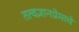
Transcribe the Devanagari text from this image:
तत्वज्ञानप्रेमाचे